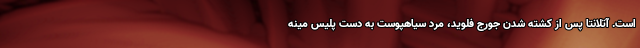
است. آتلانتا پس از کشته شدن جورج فلوید، مرد سیاهپوست به دست پلیس مینه